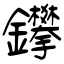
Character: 鑻